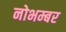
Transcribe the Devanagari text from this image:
नोभम्बर